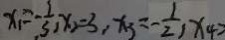
x _ { 1 } = - \frac { 1 } { 3 } , x _ { 3 } = - \frac { 1 } { 2 } , x _ { 4 }